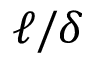
\ell / \delta